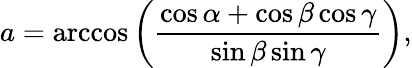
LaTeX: a=\operatorname{arccos}\left({\frac{\cos\alpha+\cos\beta\cos\gamma}{\sin\beta\sin\gamma}}\right),